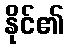
နိုင်၏